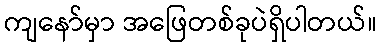
ကျနော်မှာ အဖြေတစ်ခုပဲရှိပါတယ်။